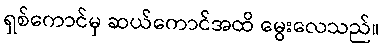
ရှစ်ကောင်မှ ဆယ်ကောင်အထိ မွေးလေသည်။